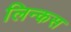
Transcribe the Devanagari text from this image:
लिन्कस